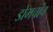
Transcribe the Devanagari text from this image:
डोमचांच